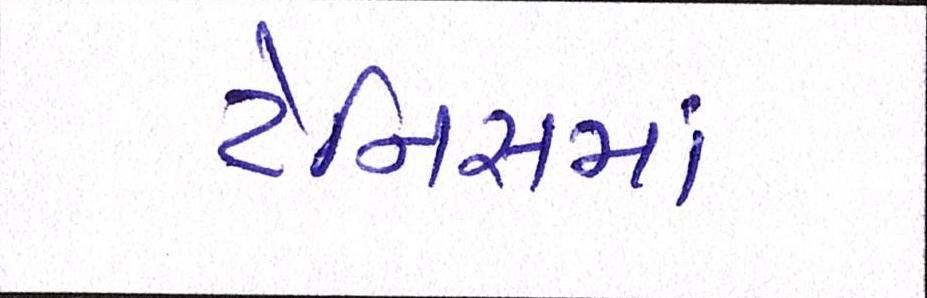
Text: ટેનિસમાં